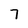
Character: 7